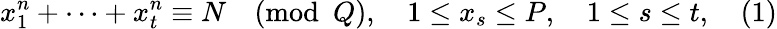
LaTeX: x_{1}^{n}+\dots+x_{t}^{n}\equiv N{\pmod{Q}},\quad 1\leq x_{s}\leq P,\quad 1\leq s\leq t,\quad(1)